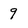
Character: 9